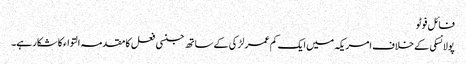
فائل فوٹو
پولانسکی کے خلاف امریکہ میں ایک کم عمر لڑکی کے ساتھ جنسی فعل کا مقدمہ التواء کا شکار ہے۔